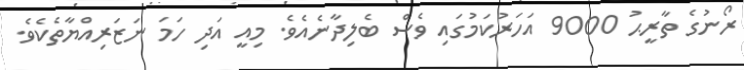
ރޯނުގެ ތާރީޙު 9000 އަހަރުކަމުގައި ވެސް ބެލިދާނެއެވެ. މިއީ އަދި ހަމަ ނަޒަރިއްޔާތެކެވެ.